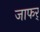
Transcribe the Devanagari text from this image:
जाफर्